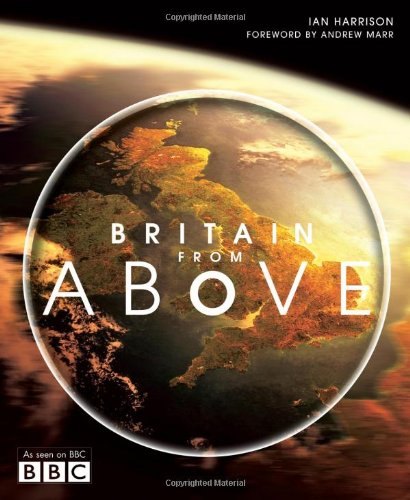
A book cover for Britain from Above; Ian Harrison; Arts & Photography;